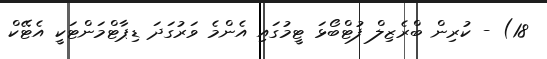
18) - ކުރިން ބްރެޒިލް ފުޓްބޯޅަ ޓީމުގައި އެންމެ ވަރުގަދަ ޑިޕާޓްމަންޓަކީ އެޓޭކް